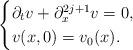
LaTeX: \begin{align*}\begin{cases}\partial_t v+ \partial_x^{2j+1}v=0,\\v(x,0)=v_0(x).\end{cases}\end{align*}